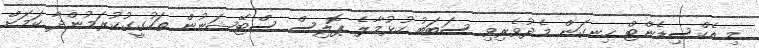
މި އެކްސިޑެންޓް ހިނގަން މެދުވެރިވި ސަބަބު ހުޅުމާލެ ޕޮލިސް ސްޓޭޝަނުން ތަހުގީގުކުރަމުންދާ ކަމަށް